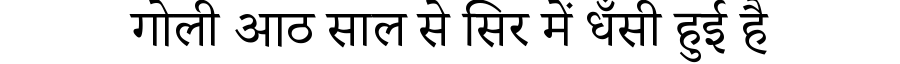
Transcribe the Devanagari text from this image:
गोली आठ साल से सिर में धँसी हुई है